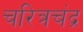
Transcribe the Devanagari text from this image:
चरित्रचंद्र